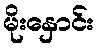
မိုးနှောင်း